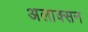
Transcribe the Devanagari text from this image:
अलाक्सन